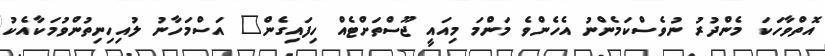
އޮތްވާހަކަ މެންދުރު ނުވެސްކަމެންނު އެހެންވެ މަންމަ މިއައީ ޖޫސްތަށްޓެއް ހިފައިގެން" އަސްމަހާނު ލުއިހިނިތުންވުމަކާއެކު